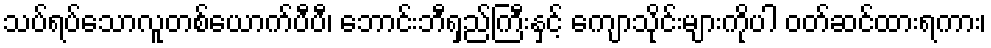
သပ်ရပ်သောလူတစ်ယောက်ပီပီ၊ ဘောင်းဘီရှည်ကြီးနှင့် ကျောသိုင်းများကိုပါ ဝတ်ဆင်ထားရကား၊